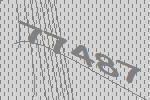
77487